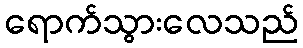
ရောက်သွားလေသည်